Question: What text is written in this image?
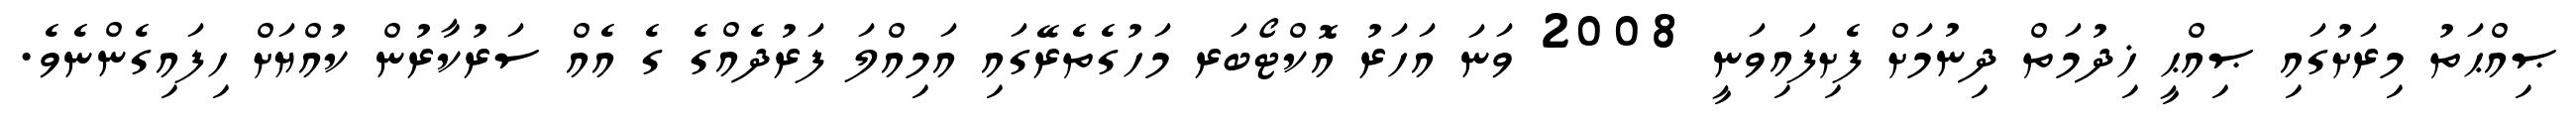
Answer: ޞިއްޙަތު މިރަށުގައި ޞިއްޙީ ޚިދުމަތް ދިނުމަށް ފެށިފައިވަނީ 2008 ވަނަ އަހަރު އޮކްޓޯބަރ މަހުގެތެރޭގައި އަމިއްލަ ފަރުދެއްގެ ގެ އެއް ސަރުކާރުން ކުއްޔަށް ހިފައިގެންނެވެ.